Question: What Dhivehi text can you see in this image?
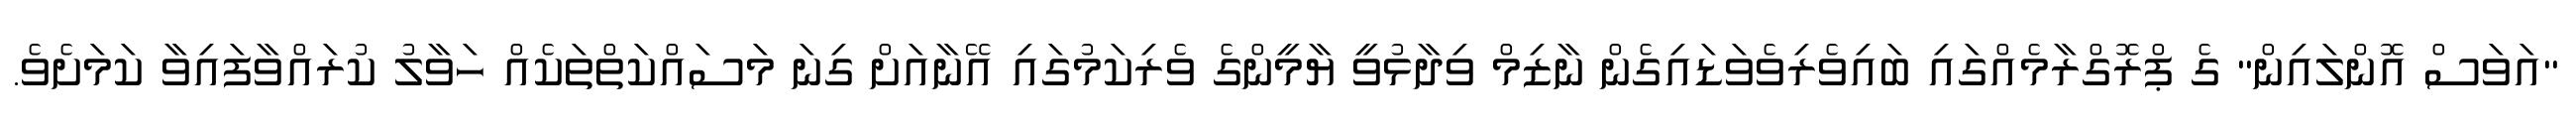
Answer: "އަވަސް އޮންލައިން" ގެ ޕްރޮގްރާމެއްގައި ބައިވެރިވެވަޑައިގެން ނާޒިމް ވިދާޅުވީ ޔާމީންގެ ވެރިކަމުގައި އޭނާއަށް ގިނަ މަސައްކަތްތަކެއް ހަވާލު ކުރައްވާފައިވާ ކަމަށެވެ.